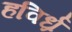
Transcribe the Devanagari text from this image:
हविर्ध्र